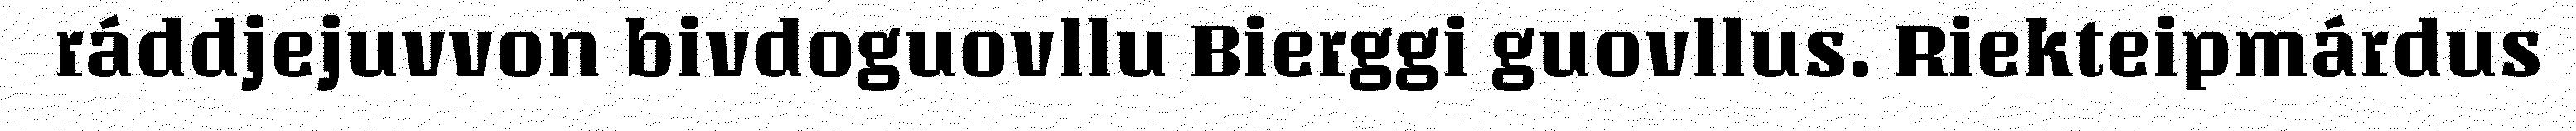
ráddjejuvvon bivdoguovllu Bierggi guovllus. Riekteipmárdus